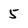
Character: 5